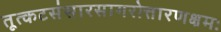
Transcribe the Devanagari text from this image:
तूत्कटसंसारसागरोत्तारणक्षमः